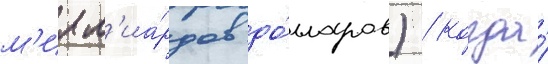
м'илл'иа́рдов до́лларов) / когда́